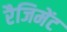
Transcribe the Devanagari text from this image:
रैजिमेंट